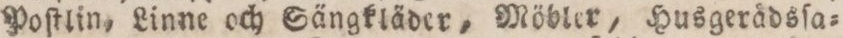
Poſtlin, Linne och Sängkläder, Möbler, Husgerådsſa=